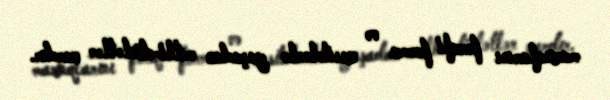
maraqlarını fərqli forma və vasitələrlə yaşadan milli-dövlətlər vardır.